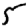
Digit: 5